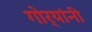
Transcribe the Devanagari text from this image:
गोर्‍यांनी